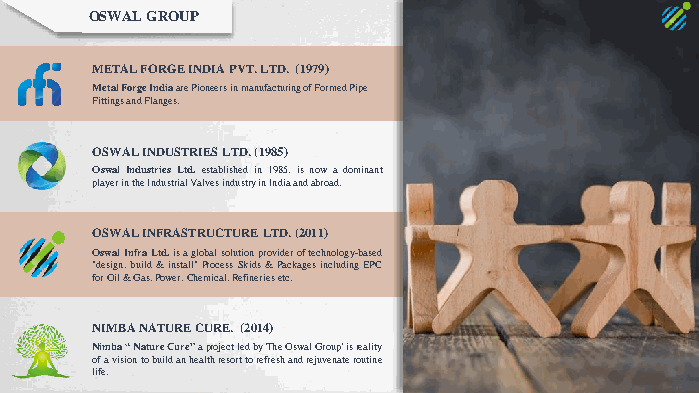
OSWAL GROUP
 METAL FORGE INDIA PVT. LTD. (1979)
 Metal Forge Indiaare Pioneers in manufacturing of Formed Pipe
 Fittings and Flanges.
 OSWAL INDUSTRIES LTD. (1985)
 OswalIndustriesLtd.establishedin1985,isnowadominant
 playerintheIndustrialValvesindustryinIndiaandabroad.
 OSWAL INFRASTRUCTURE LTD. (2011)
 OswalInfraLtd.isaglobalsolutionprovideroftechnology-based
 "design,build&install"ProcessSkids&PackagesincludingEPC
 forOil&Gas,Power,Chemical,Refineriesetc.
 NIMBA NATURE CURE. (2014)
 Nimba“NatureCure”aprojectledbyTheOswalGroup'isreality
 ofavisiontobuildanhealthresorttorefreshandrejuvenateroutine
 life.